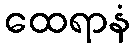
ထေရာနံ